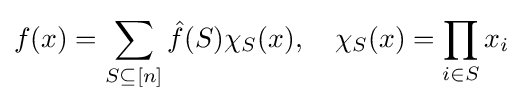
f(x)=\sum _{S\subseteq [n]}{\hat {f}}(S)\chi _{S}(x),\quad \chi _{S}(x)=\prod _{i\in S}x_{i}